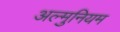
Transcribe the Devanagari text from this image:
अल्मुनियम